Indian journal of veterinary science and animal husbandry - Volumes 28-29, 1958-1959
Year: 1958
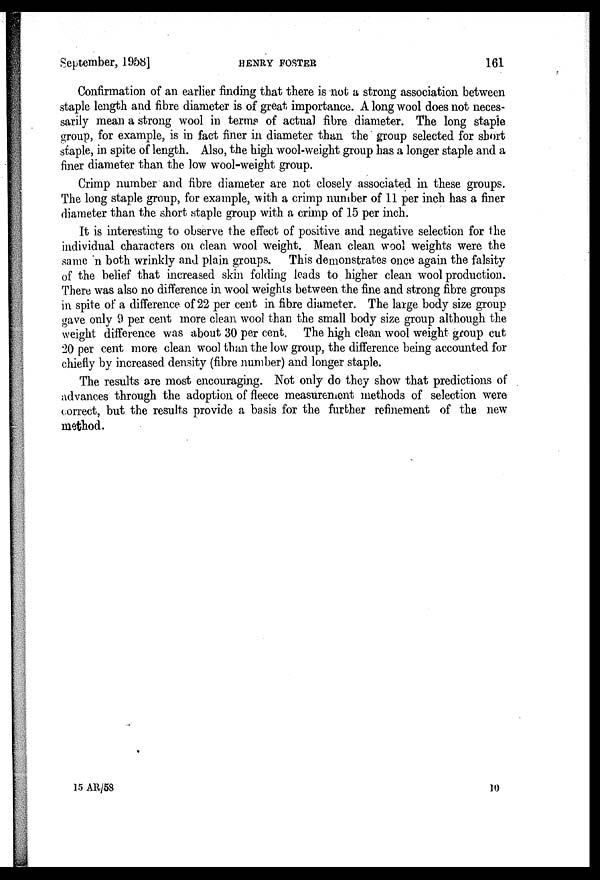
September, 1958]
RENRY
FOSTER
161
Confirmation of an earlier finding that there is not a strong association between
staple length and fibre diameter is of great importance. A long wool does not neces-
sarily mean a strong wool in terms of actual fibre diameter. The long staple
group, for example, is in fact finer in diameter than the group selected for short
staple, in spite of length. Also, the high wool-weight group has a longer staple and a
finer diameter than the low wool-weight group.
Crimp number and fibre diameter are not closely associated in these groups.
The long staple group, for example, with a crimp number of 11 per inch has a finer
diameter than the short staple group with a crimp of 15 per inch.
It is interesting to observe the effect of positive and negative selection for the
individual characters on clean wool weight. Mean clean wool weights were the
same in both wrinkly and plain groups. This demonstrates once again the falsity
of the belief that increased skin folding leads to higher clean wool production.
There was also no difference in wool weights between the fine and strong fibre groups
in spite of a difference of 22 per cent in fibre diameter. The large body size group
gave only 9 per cent more clean wool than the small body size group although the
weight difference was about 30 per cent. The high clean wool weight group cut
20 per cent more clean wool than the low group, the difference being accounted for
chiefly by increased density (fibre number) and longer staple.
The results are most encouraging. Not only do they show that predictions of
advances through the adoption of fleece measurement methods of selection were
correct, but the results provide a basis for the further refinement of the new
method.
15 AR/58
10